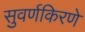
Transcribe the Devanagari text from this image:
सुवर्णकिरणे